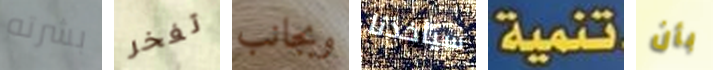
بشرته تفخر وبجانب سيأخذنا تنمية بأن